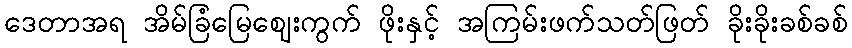
ဒေတာအရ အိမ်ခြံမြေဈေးကွက် ဖိုးနှင့် အကြမ်းဖက်သတ်ဖြတ် ခိုးခိုးခစ်ခစ်